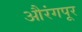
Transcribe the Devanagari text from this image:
औरंगपूर